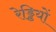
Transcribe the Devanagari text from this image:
रेड्डियों